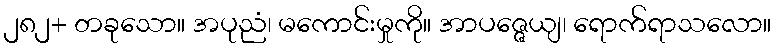
၂၈၂+ တခုသော။ အပုညံ၊ မကောင်းမှုကို။ အာပဇ္ဇေယျ၊ ရောက်ရာသလော။